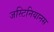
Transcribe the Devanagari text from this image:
जस्टिनियानस